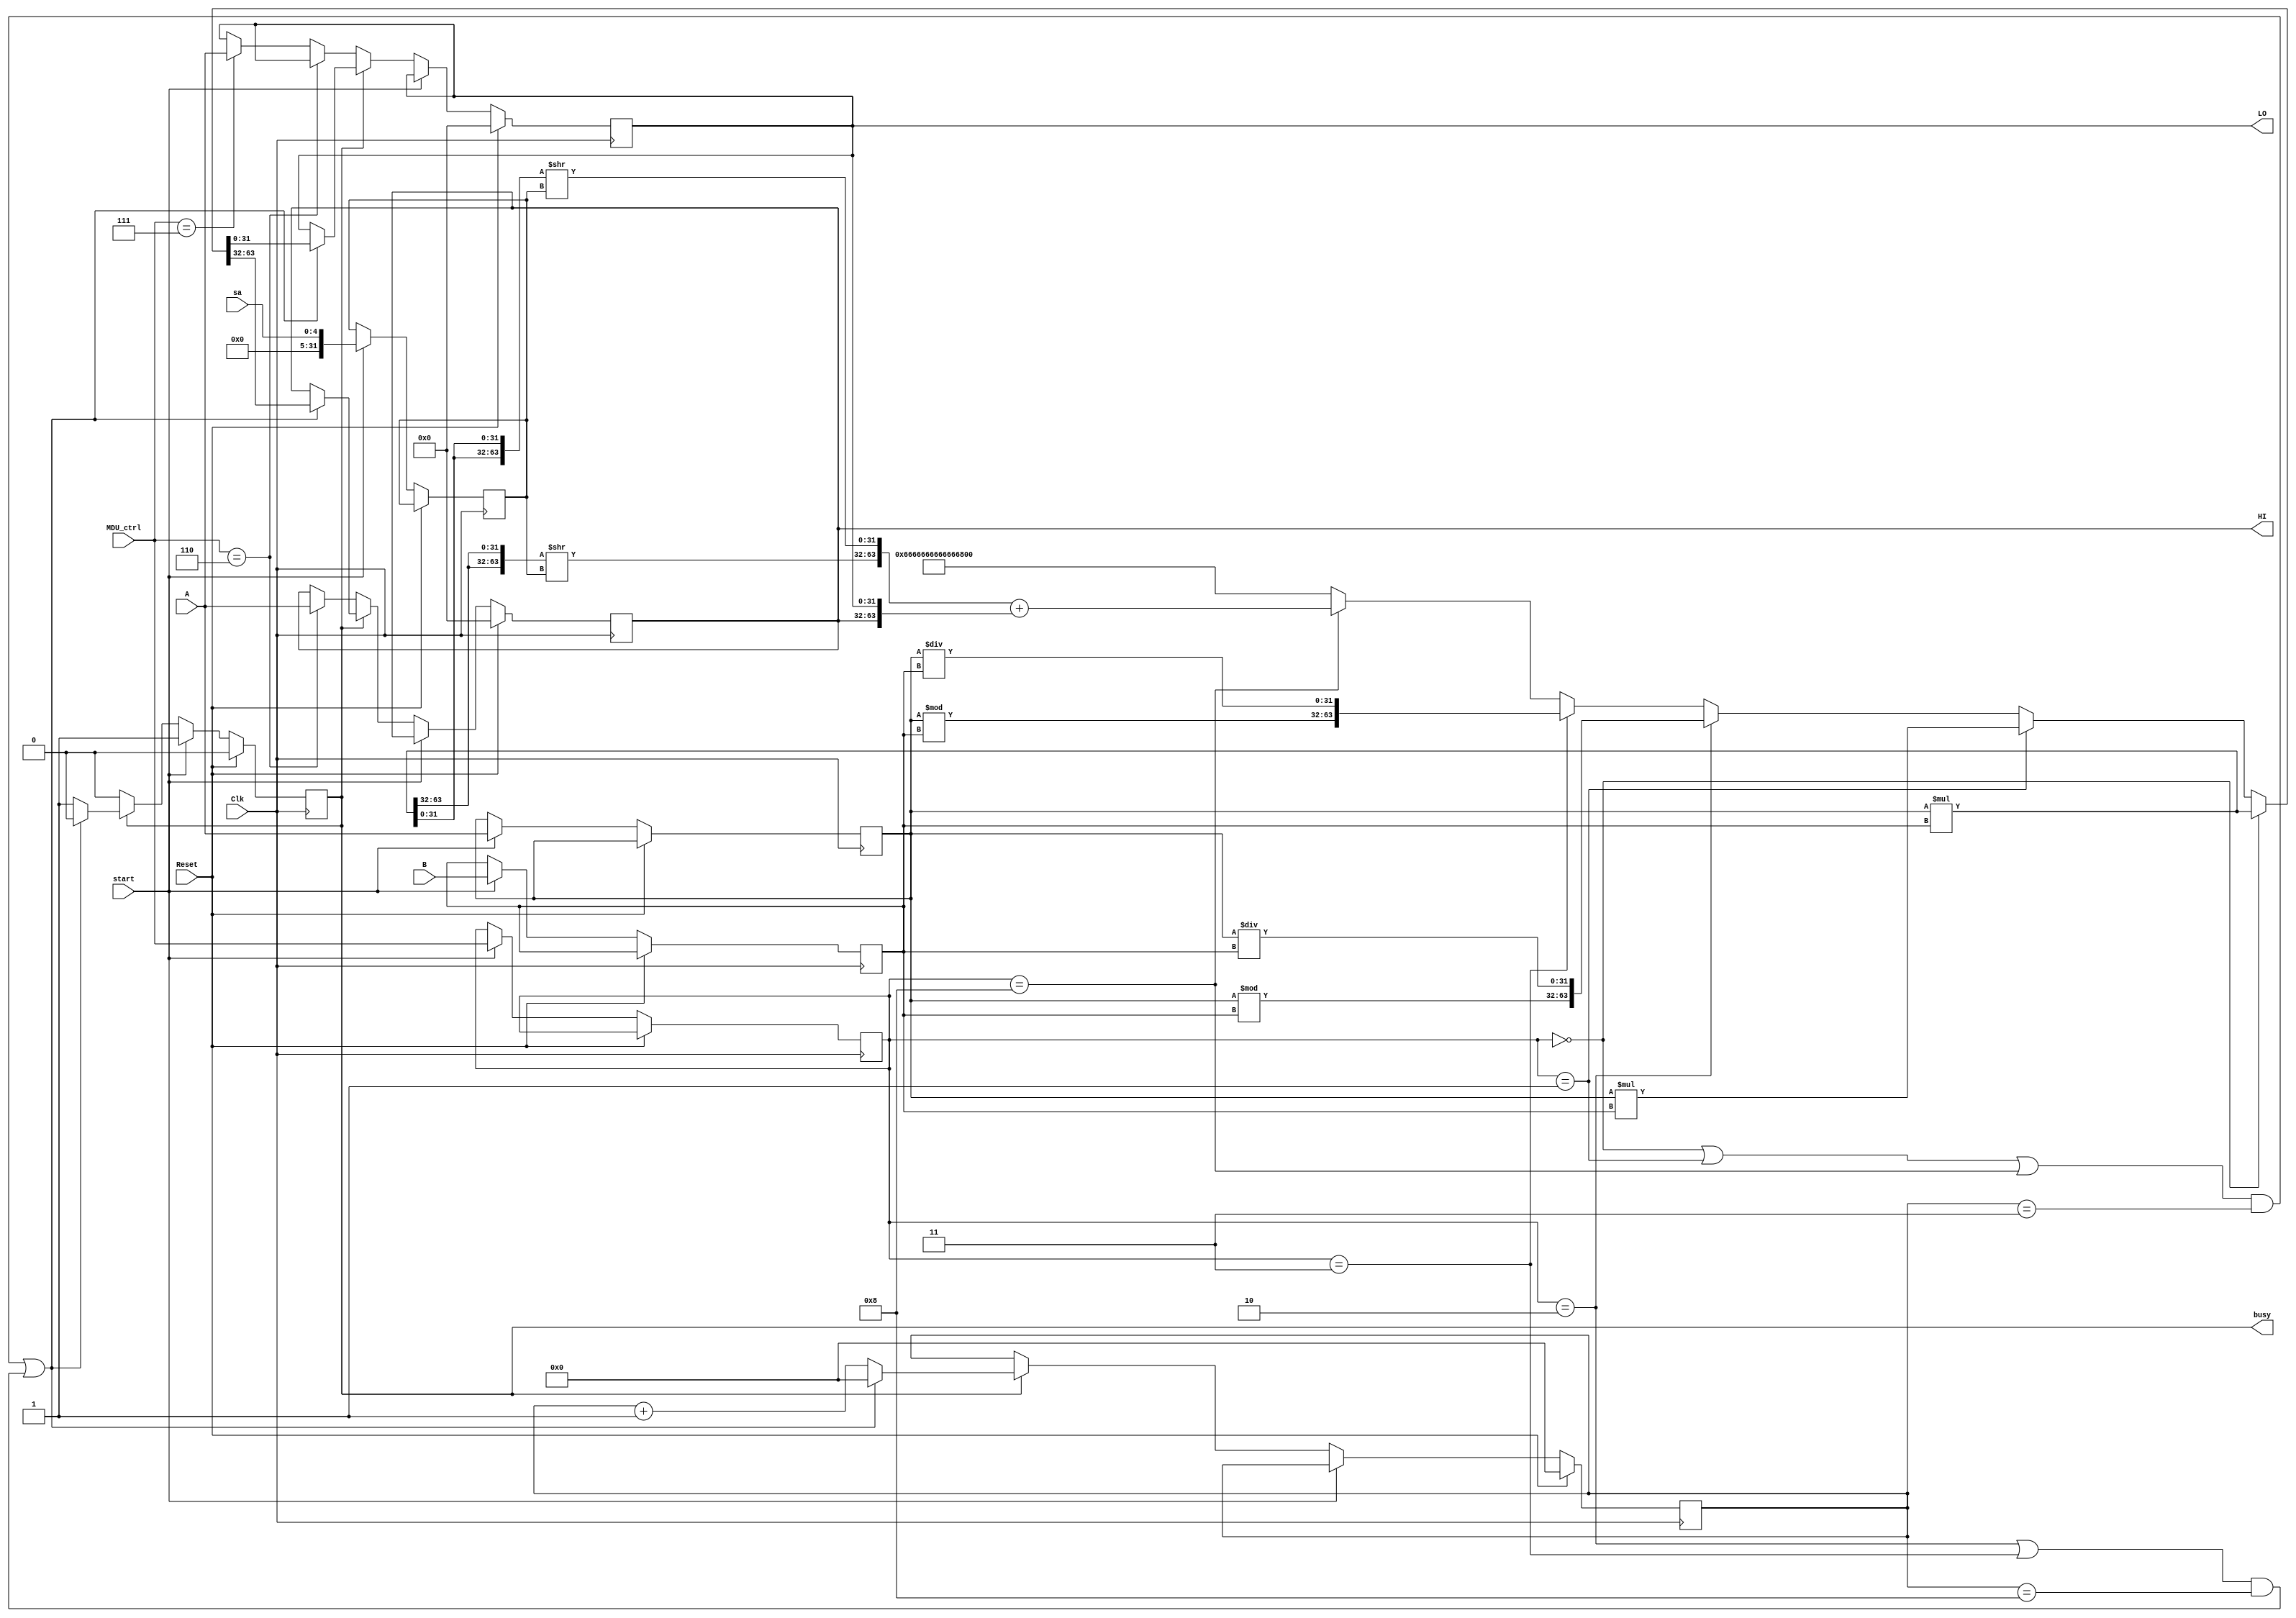
`timescale 1ns / 1ps
`define mult (ctrl == 4'b0000)
`define multu (ctrl == 4'b0001)
`define div (ctrl == 4'b0010)
`define divu (ctrl == 4'b0011)
`define marotr (ctrl == 4'b1000)
`define mfhi (MDU_ctrl == 4'b0100)
`define mflo (MDU_ctrl == 4'b0101)
`define mthi (MDU_ctrl == 4'b0110)
`define mtlo (MDU_ctrl == 4'b0111)
//////////////////////////////////////////////////////////////////////////////////
// Company: 
// Engineer: 
// 
// Design Name: 
// Module Name:    MDU 
// Project Name: 
// Target Devices: 
// Tool versions: 
// Description: 
//
// Dependencies: 
//
// Revision: 
// Revision 0.01 - File Created
// Additional Comments: 
//
//////////////////////////////////////////////////////////////////////////////////
module MDU(
    input [31:0] A,
    input [31:0] B,
	input [4:0] sa,
	input Reset,
	input Clk,
	input [3:0] MDU_ctrl,
	input start,//E4start
	output busy,
    output [31:0] HI,
    output [31:0] LO
    );
	
	wire [63:0] temp1,temp2,temp3,temp4,temp5;
	reg  [31:0] hi, lo, a, b, s;
	wire [31:0] temp5_hi, temp5_lo;
	reg [3:0] count, ctrl; //16
	reg _busy;
	
	assign {HI,LO} = {hi,lo};
	assign busy = _busy;
	
	assign temp1 = $signed(a)*$signed(b);
	assign temp2 = a*b;
	assign temp3 = {{$signed(a)%$signed(b)},{$signed(a)/$signed(b)}};
	assign temp4 = {(a%b),(a/b)};
	assign temp5_hi = {temp1[63:32],temp1[63:32]} >> s; 
	assign temp5_lo = {temp1[31:0],temp1[31:0]} >> s; 
	assign temp5 = {temp5_hi, temp5_lo}+{HI,LO};
	//sa? {temp1[31+sa:32],temp1[63:32+sa],temp1[sa-1:0],temp1[31:sa]}:temp1;
	
	always @ (posedge Clk)begin
		if (Reset)begin
			{hi,lo} <= 0;
			_busy <= 0;
			count <= 0;
		end
		
		else if (start)begin
			ctrl <= MDU_ctrl;
			_busy <= 1'b1;
			a <= A;
			b <= B;
			s <= sa;
		end
		
		else if (_busy) begin
			count <= count+1;
			if (((`mult||`multu||`marotr)&&count == 3)||((`div||`divu)&&count == 8))begin
				count <= 0;
				_busy <= 0;
				{hi,lo} <= `mult?   temp1:
						   `multu?  temp2:
						   `div?    temp3:
						   `divu?   temp4:
						   `marotr? temp5:
						   64'h66666666_66666666;
			end
		end
		
		else if (`mthi)
			hi <= A;
		else if (`mtlo)
			lo <= A;
	end

endmodule